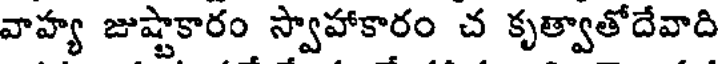
వాహ్య జుష్టాకారం స్వాహాకారం చ కృత్వాతోదేవాది